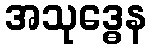
အသုဒ္ဓေန